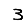
Digit: 3